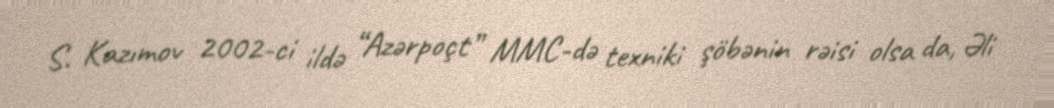
S. Kazımov 2002-ci ildə “Azərpoçt” MMC-də texniki şöbənin rəisi olsa da, Əli